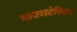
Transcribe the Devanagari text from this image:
माउसटेरियन